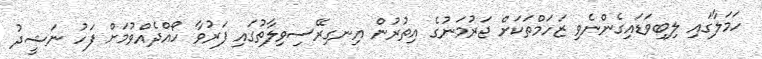
ހަމަލާގައި ލިބިވަޑައިގެންނެވިި ޒަހަމްތަކަށް ޖަރުމަނުގެ އިތުރުން އިނގިރޭސިވިލާތުގައި ފަރުވާ ހޯއްދެއްވުމަށް ފަހު ނަޝީދު